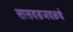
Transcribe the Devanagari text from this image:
सासवडजवळचे